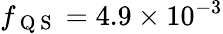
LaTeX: f_{\mathrm{~Q~S~}}=4.9\times 10^{-3}